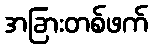
အခြားတစ်ဖက်